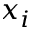
x _ { i }